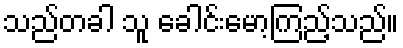
သည်တခါ သူ ခေါင်းမော့ကြည့်သည်။